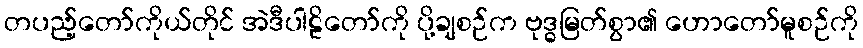
တပည့်တော်ကိုယ်တိုင် အဲဒီပါဠိတော်ကို ပို့ချစဉ်က ဗုဒ္ဓမြတ်စွာ၏ ဟောတော်မူစဉ်ကို